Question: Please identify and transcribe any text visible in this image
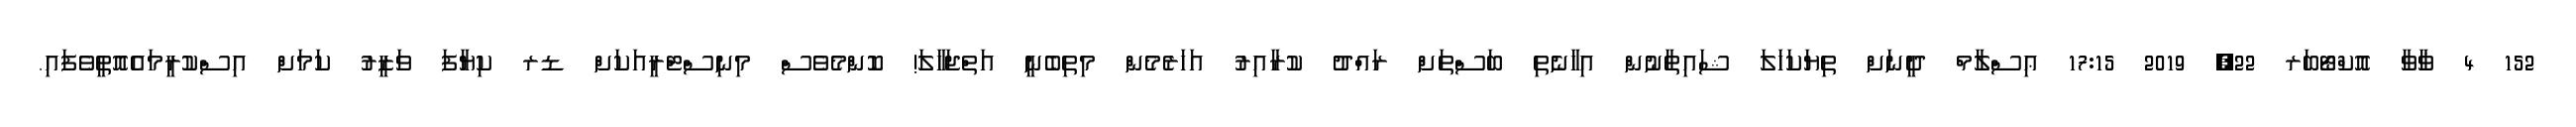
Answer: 152 4 ޥާވާ އޮކްޓޯބަރ 22, 2019 17:15 ޢިސްލާމް ދީނަށް ތިޔަކަހަލަ ޝައިތާނުން އިހާނެތި ބަސްތަށް ރައްދު ކުރާއިރު އަހަރެމެން މިތިބެނީ އަތްޖަހާލަ! ކޮންމެވެސް މިނިސްޓްރީއަކަށް ޑރ ކިޔާފަ ވަޒީރު ކަމަށް އިސްކުރީމައެއޮތީވެފައި.